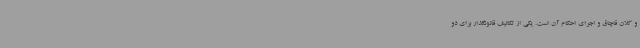
و کلان قاچاق و اجرای احکام آن است. یکی از تکالیف قانونگذار برای دو